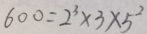
6 0 0 = 2 ^ { 3 } \times 3 \times 5 ^ { 2 }